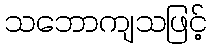
သဘောကျသဖြင့်